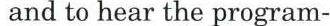
and to hear the program-